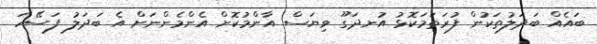
ބައެއް ބަދަލުތަކުން ފުރަތަމަކޮޅު އުނދަގޫ ވިޔަސް އާންމުކޮށް އެންމެންނަށް އެ ބަދަލު ފަސޭހަ